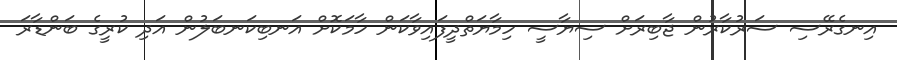
އިނގެރޭސި ސަރުކާރުން ޖާބިރަށް ސިޔާސީ ހިމާޔަތްދީފައިވާކަން ހާމަކޮށް އަނބިކަނބަލުން އަދި ކުރީގެ ބަންޑާރަ